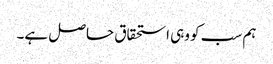
ہم سب کو وہی استحقاق حاصل ہے۔